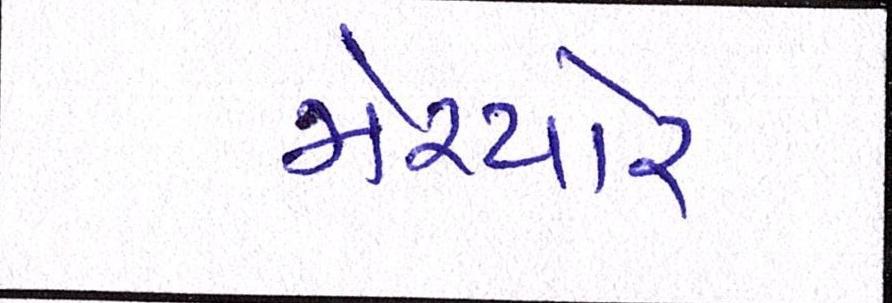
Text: મેચ્યોર